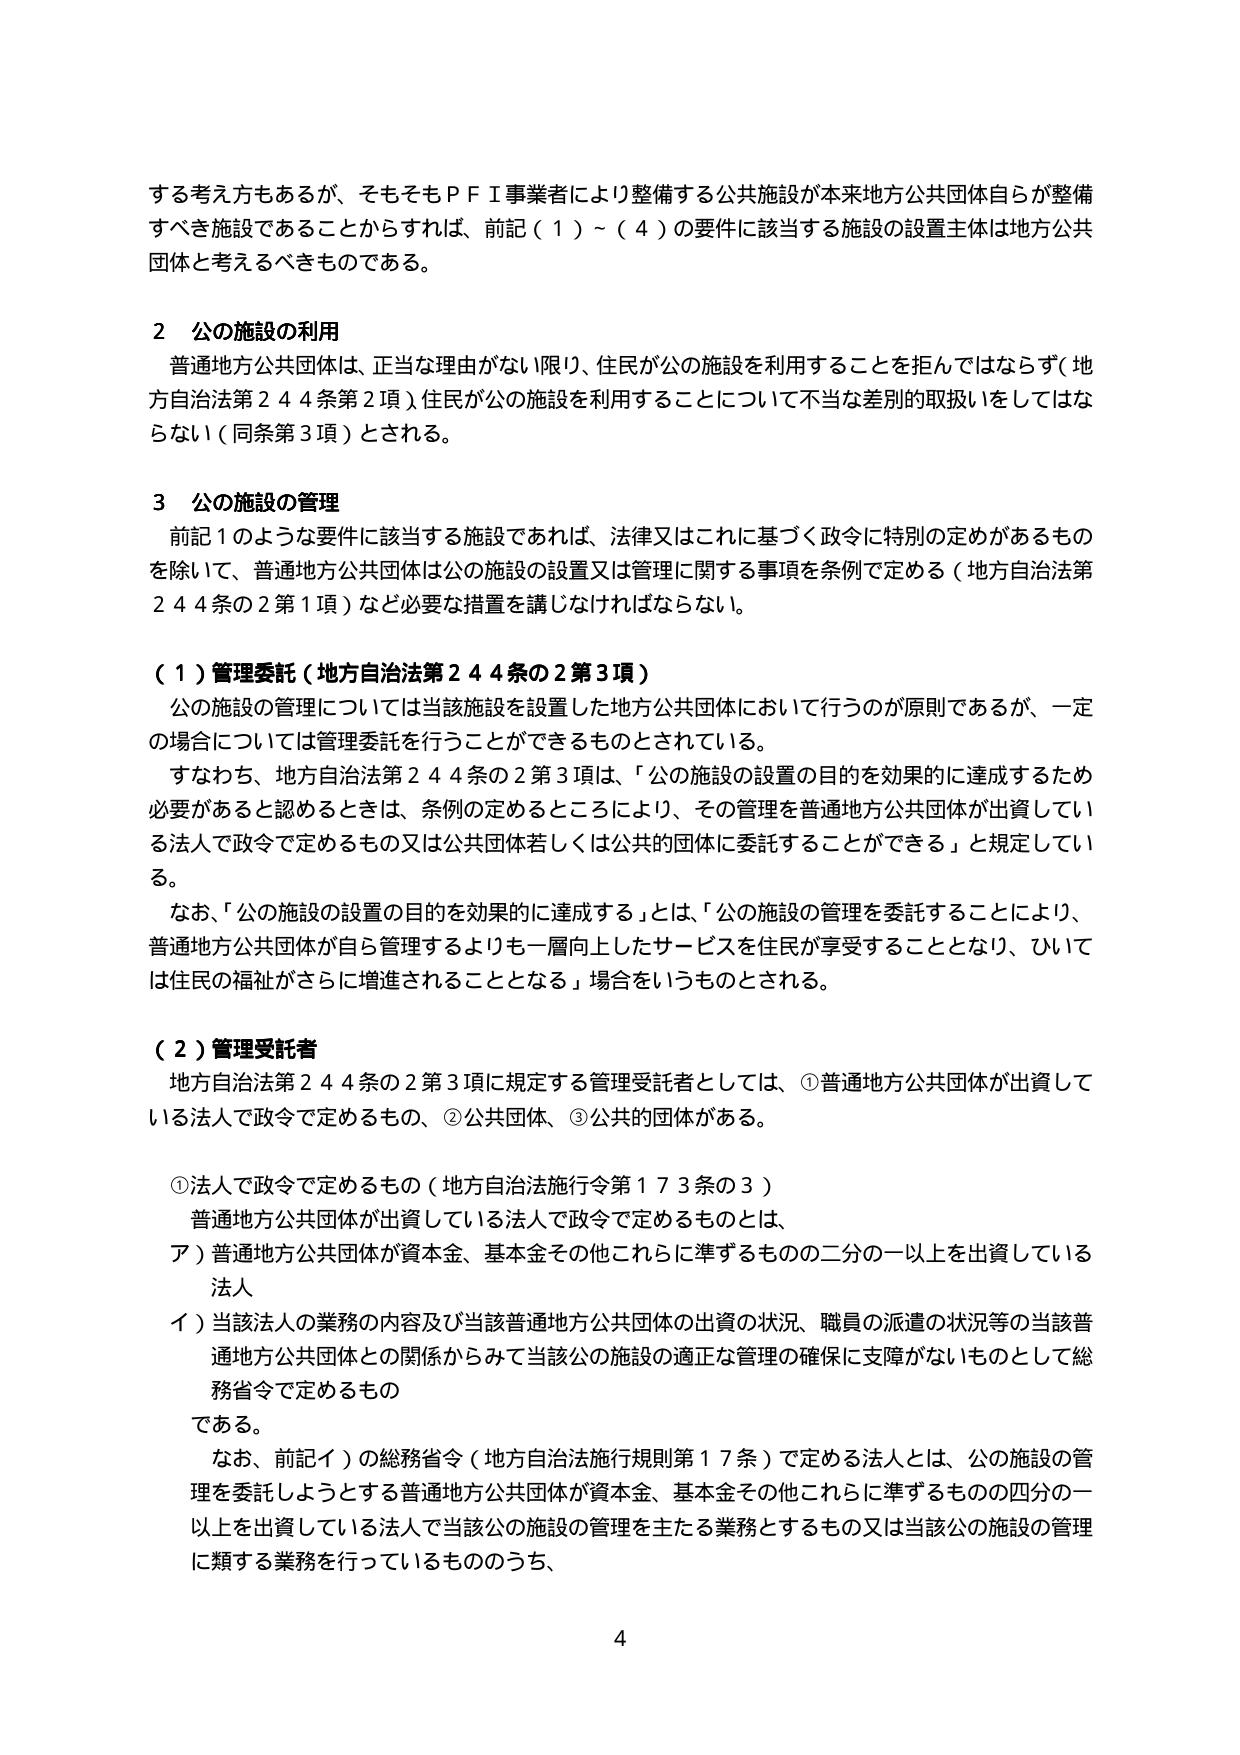
する考え方もあるが、そもそもＰＦＩ事業者により整備する公共施設が本来地方公共団体自らが整備すべき施設であることからすれば、前記（１）～（４）の要件に該当する施設の設置主体は地方公共団体と考えるべきものである。

２ 公の施設の利用
普通地方公共団体は、正当な理由がない限り、住民が公の施設を利用することを拒んではならず（地方自治法第２４４条第２項）、住民が公の施設を利用することについて不当な差別的取扱いをしてはならない（同条第３項）とされる。

３ 公の施設の管理
前記１のような要件に該当する施設であれば、法律又はこれに基づく政令に特別の定めがあるものを除いて、普通地方公共団体は公の施設の設置又は管理に関する事項を条例で定める（地方自治法第２４４条の２第１項）など必要な措置を講じなければならない。

（１）管理委託（地方自治法第２４４条の２第３項）
公の施設の管理については当該施設を設置した地方公共団体において行うのが原則であるが、一定の場合については管理委託を行うことができるものとされている。
すなわち、地方自治法第２４４条の２第３項は、「公の施設の設置の目的を効果的に達成するため必要があると認めるときは、条例の定めるところにより、その管理を普通地方公共団体が出資している法人で政令で定めるもの又は公共団体若しくは公共的団体に委託することができる」と規定している。
なお、「公の施設の設置の目的を効果的に達成する」とは、「公の施設の管理を委託することにより、普通地方公共団体が自ら管理するよりも一層向上したサービスを住民が享受することとなり、ひいては住民の福祉がさらに増進されることとなる」場合をいうものとされる。

（２）管理受託者
地方自治法第２４４条の２第３項に規定する管理受託者としては、①普通地方公共団体が出資している法人で政令で定めるもの、②公共団体、③公共的団体がある。

①法人で政令で定めるもの（地方自治法施行令第１７３条の３）
普通地方公共団体が出資している法人で政令で定めるものとは、
ア）普通地方公共団体が資本金、基本金その他これらに準ずるもの の二分の一以上を出資している法人
イ）当該法人の業務の内容及び当該普通地方公共団体の出資の状況、職員の派遣の状況等の当該普通地方公共団体との関係からみて当該公の施設の適正な管理の確保に支障がないものとして総務省令で定めるもの
である。
なお、前記イ）の総務省令（地方自治法施行規則第１７条）で定める法人とは、公の施設の管理を委託しようとする普通地方公共団体が資本金、基本金その他これらに準ずるもの の四分の一以上を出資している法人で当該公の施設の管理を主たる業務とするもの又は当該公の施設の管理に類する業務を行っているもののうち、

4